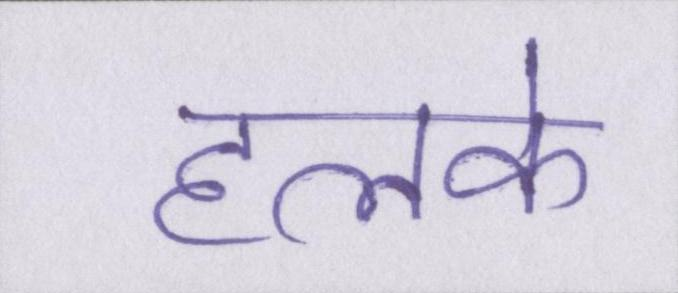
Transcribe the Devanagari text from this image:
हलके